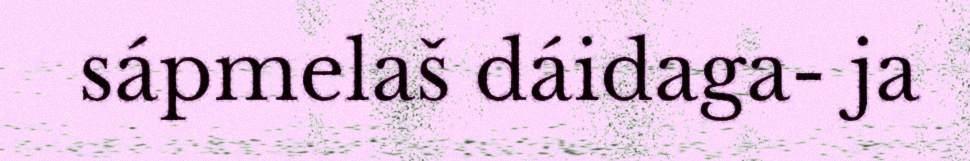
sápmelaš dáidaga- ja